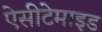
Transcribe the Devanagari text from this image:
ऐसीटेमाइड